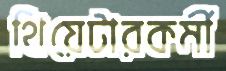
থিয়েটারকর্মী